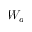
W _ { a }